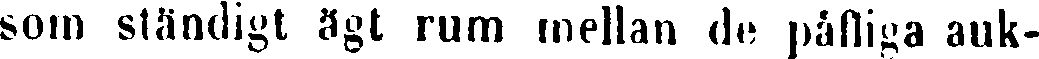
som ständigt ägt rum mellan de påfliga auk-